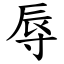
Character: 辱